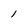
Character: 1